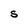
Character: S